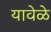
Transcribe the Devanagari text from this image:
यावेळे